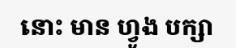
នោះ មាន ហ្វូង បក្សា